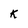
Character: K